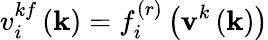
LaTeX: v_{i}^{kf}\left(\mathbf{k}\right)=f_{i}^{(r)}\left(\mathbf{v}^{k}\left(\mathbf{k}\right)\right)